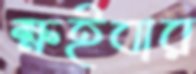
ক্ষইবার